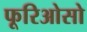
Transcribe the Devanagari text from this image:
फूरिओसो